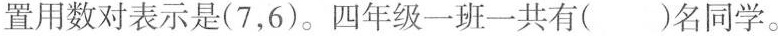
置用数对表示是(7，6)。四年级一班一共有( )名同学。